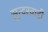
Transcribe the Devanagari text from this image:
सुन्दरवाडी